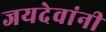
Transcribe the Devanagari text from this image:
जयदेवांनी